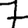
Digit: 7